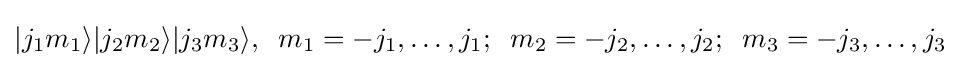
|j_{1}m_{1}\rangle |j_{2}m_{2}\rangle |j_{3}m_{3}\rangle ,\;\;m_{1}=-j_{1},\ldots ,j_{1};\;\;m_{2}=-j_{2},\ldots ,j_{2};\;\;m_{3}=-j_{3},\ldots ,j_{3}